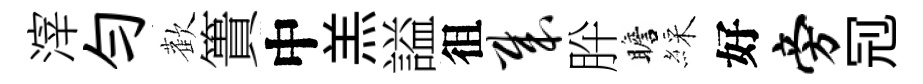
滓勻歡簣中羔謚徂哉肸瞻綵好旁𠜍